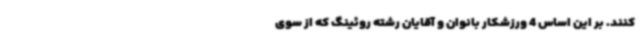
کنند. بر این اساس 4 ورزشکار بانوان و آقایان رشته روئینگ که از سوی